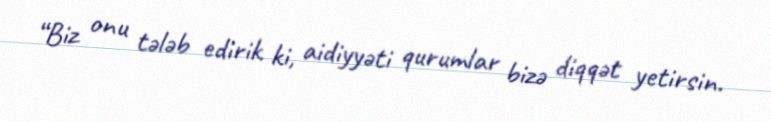
“Biz onu tələb edirik ki, aidiyyəti qurumlar bizə diqqət yetirsin.